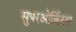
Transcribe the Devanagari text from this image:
सुपरओर्बिटल